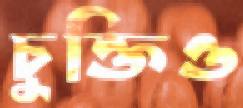
চুক্তিও